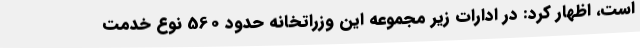
است، اظهار کرد: در ادارات زیر مجموعه این وزراتخانه حدود 560 نوع خدمت